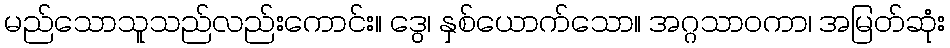
မည်သောသူသည်လည်းကောင်း။ ဒွေ၊ နှစ်ယောက်သော။ အဂ္ဂသာဝကာ၊ အမြတ်ဆုံး